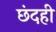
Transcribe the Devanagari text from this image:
छंदही